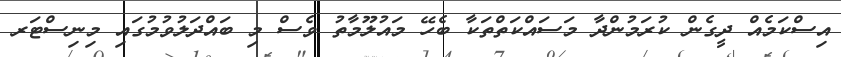
އިސްކަމެއް ދީގެން ކުރަމުންދާ މަސައްކަތްތަކާ ބެހޭ މައުލޫމާތު ވެސް މި ބައްދަލުވުމުގައި މިނިސްޓަރ